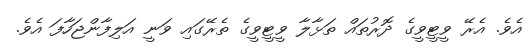
އެވެ. އެރޭ ވީޓީވީގެ ދޮރުތައް ތަޅާލާ ވީޓީވީގެ ތެރޭގައި ވަނީ އަލިފާންޖަހާފަ އެވެ.